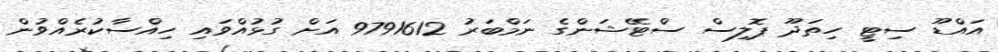
އައްޑޫ ސިޓީ ހިތަދޫ ޕޮލިސް ސްޓޭޝަންގެ ނަމްބަރު 9791612 އަށް ގުޅުއްވައި ހިއްސާކުރެއްވުން